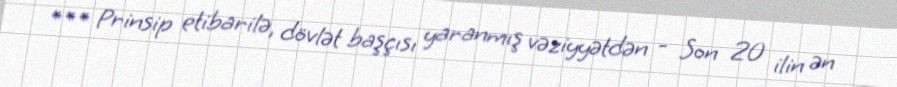
*** Prinsip etibarilə, dövlət başçısı yaranmış vəziyyətdən - Son 20 ilin ən